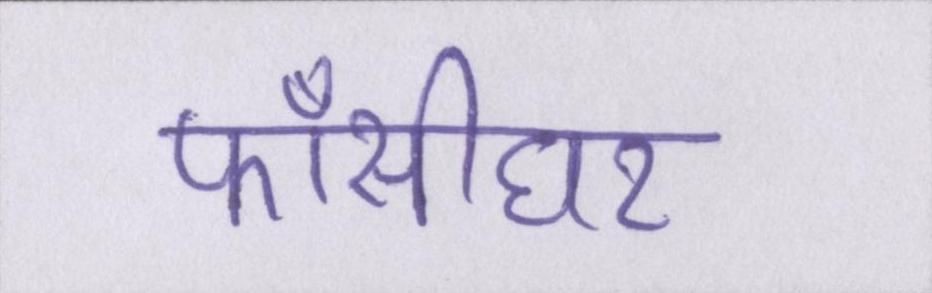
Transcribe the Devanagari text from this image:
फाँसीघर